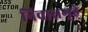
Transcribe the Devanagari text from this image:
निवासगृहे